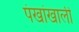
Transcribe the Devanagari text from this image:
पंखांखाली